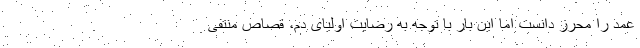
عمد را محرز دانست اما این بار با توجه به رضایت اولیای دم، قصاص منتفی